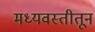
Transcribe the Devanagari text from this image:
मध्यवस्तीतून